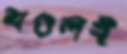
মণ্ডলই